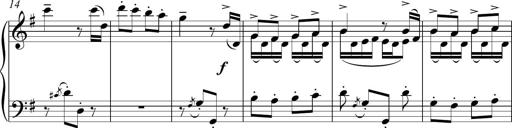
Title: Sonatina del HuÃ©car
Composer: JosÃ© Miguel Moreno Sabio